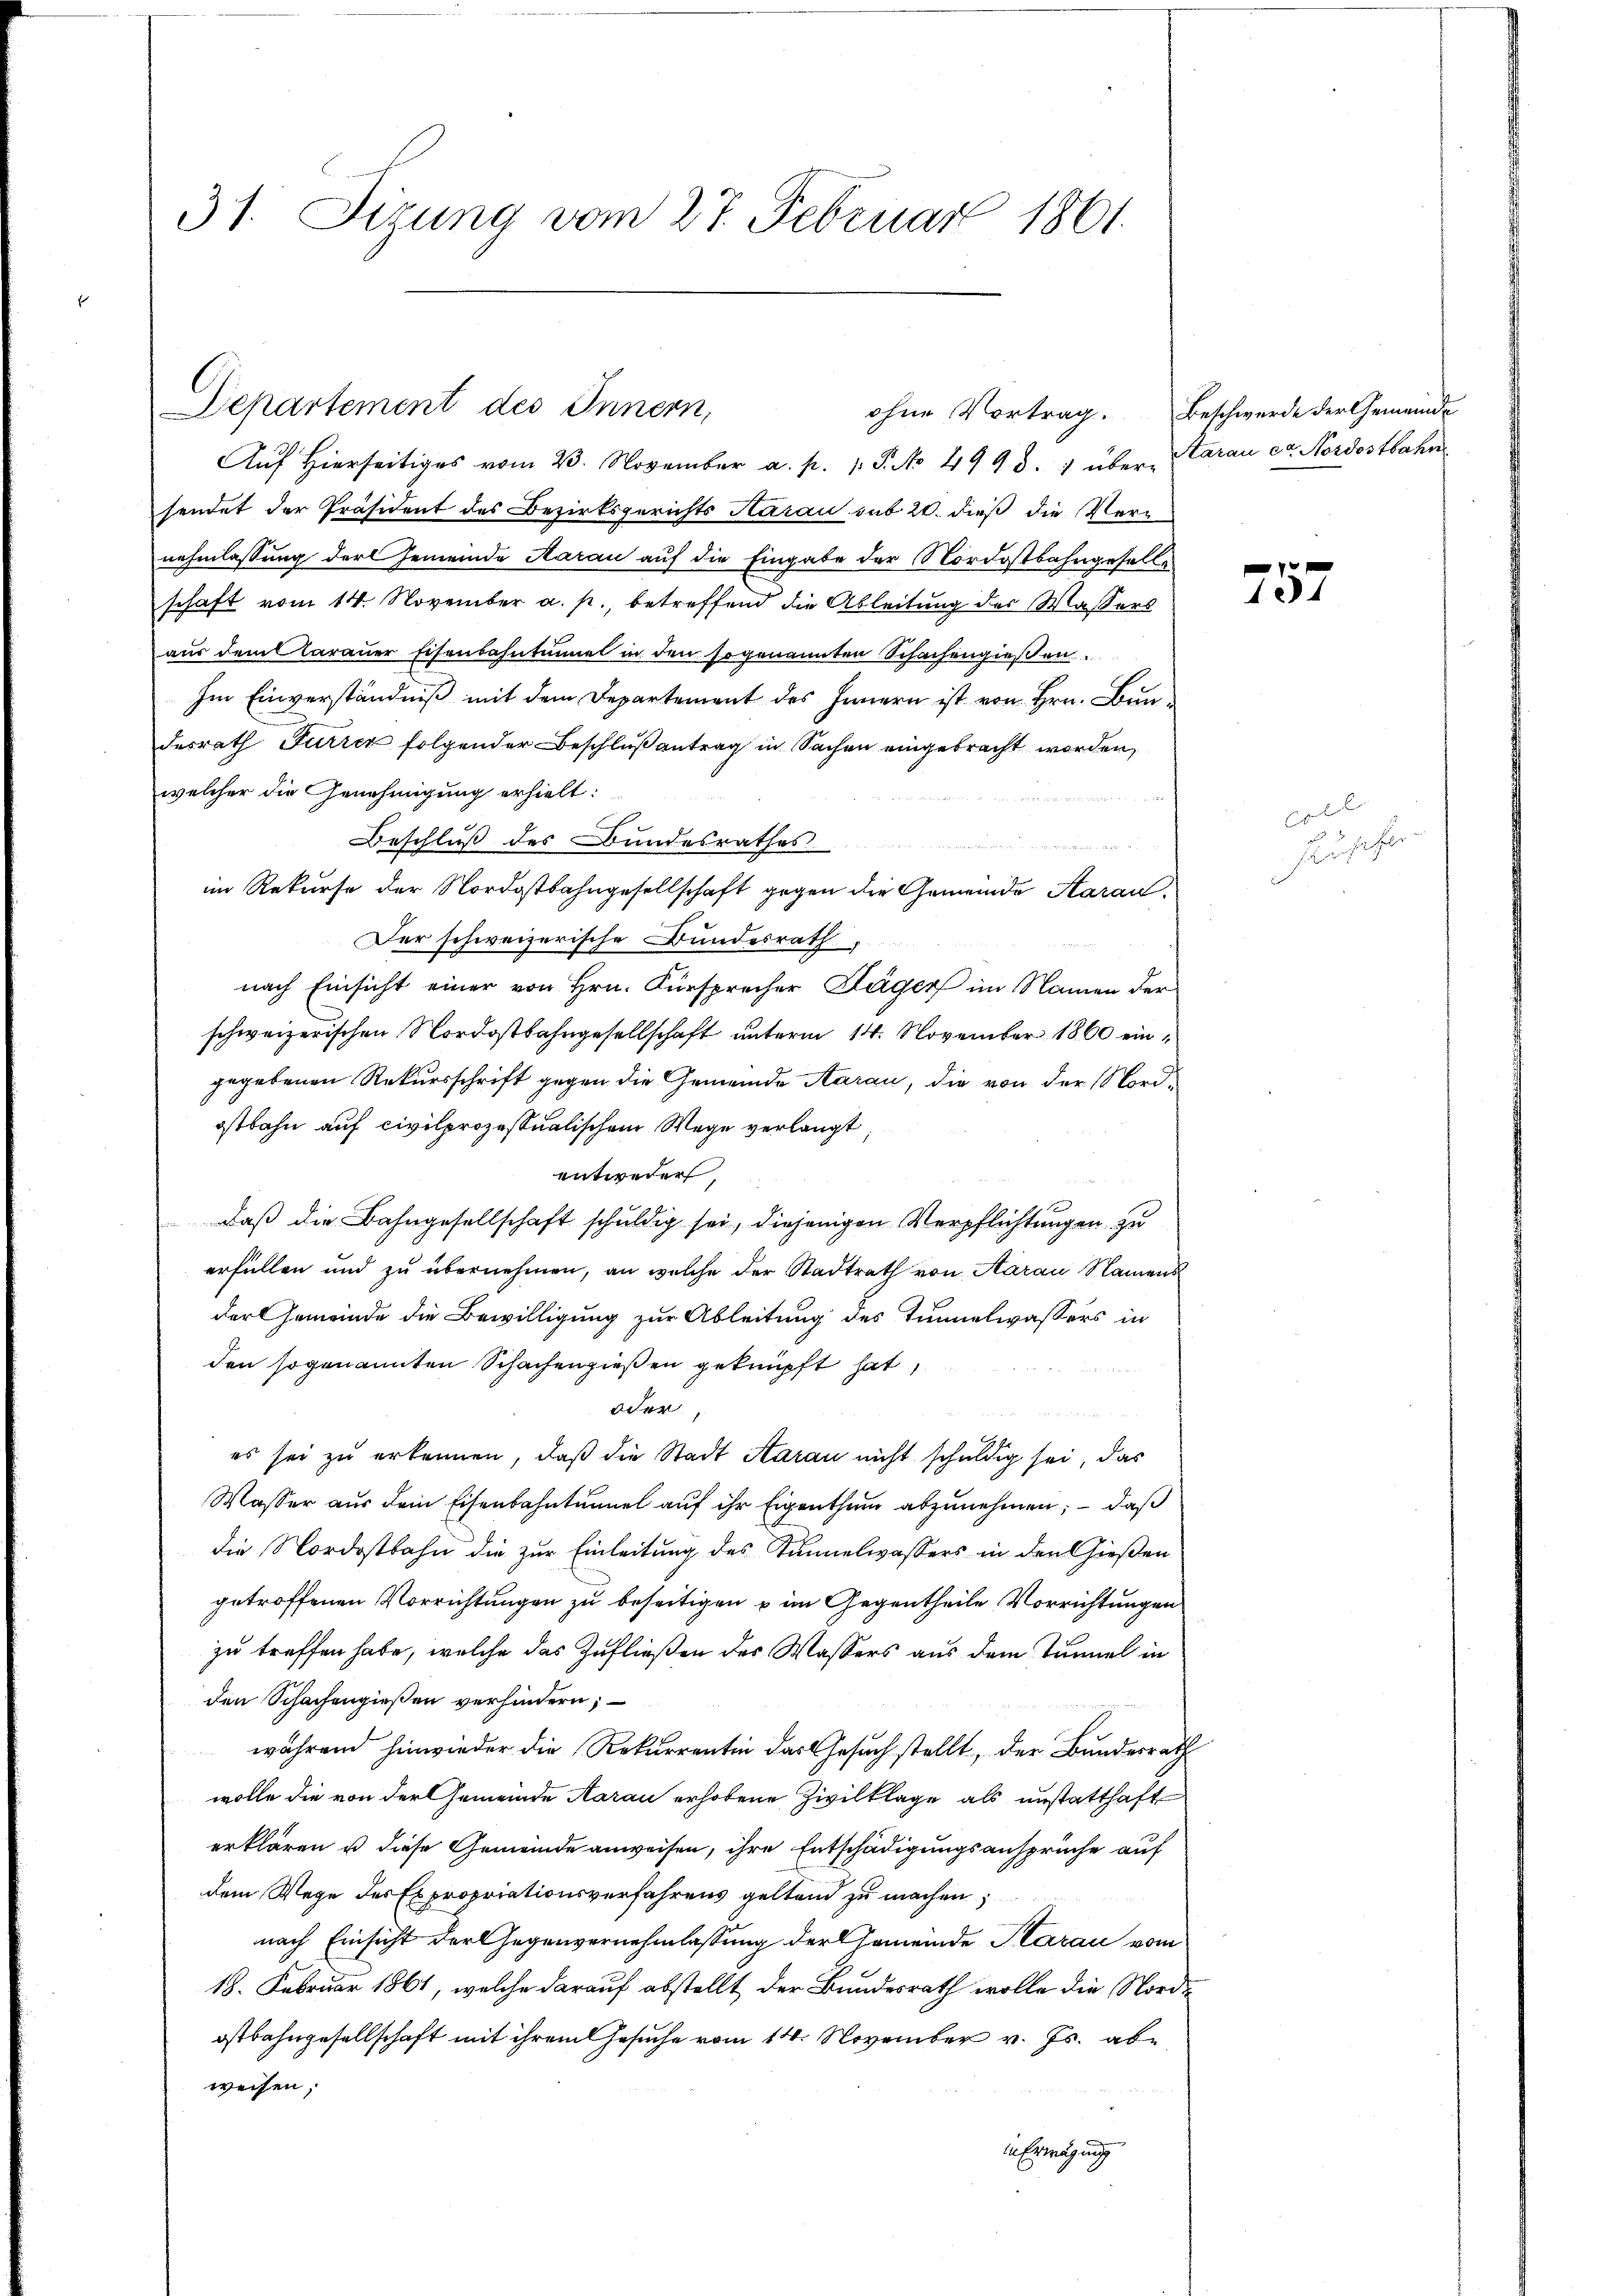
37. Sizung vom 27. Februar 1861.

Aŭf Hierseits vom 23. November a. p. 1. P. No 4993. 1 über Aarau er Nordostbahn
sendet der Präsident des Bezirksgerichts Aarau sub 20. dieß die Vernehmlassung der Gemeinde Aarau auf die Eingabe der Nordostbahngeselle
schaft vom 14. November a. p., betreffend die Ableitung des Wassers
aus dem Aarauer Eisenbahntinuel in den sogenannten Schachengießen.
Im Einverständniß mit dem Departement des Innern ist von Hrn. Bundesrath Furrer folgender Beschlußantrag in Sachen eingebracht worden,
welcher die Genehmigung erhielt:

Beschluß des Bundesrathes
u
im Rekurse der Nordostbahngesellschaft gegen die Gemeinde Aarau¬
Der schweizerische Bundesrath
nach Einsicht einer von Hrn. Fürsprecher Läger im Namen der
schweizerischen Nordostbahngesellschaft unterm 14. November 1860 eingegebenen Rekursschrift gegen die Gemeinde Aarau, die von der Nordostbahn auf civilprozessualischem Wege verlangt
entweder,
daß die Bahngesellschaft schuldig sei, diejenigen Verpflichtungen zu
erfüllen und zu übernehmen, an welche der Stadtrath von Aarau Namens
der Gemeinde die Bewilligung zur Ableitung des Tunnelwassers in
den sogenannten Schachengießen geknüpft hat
oder,
es sei zu erkennen, daß die Stadt Aarau nicht schuldig sei, das
Wasser aus dem Eisenbahntunnel auf ihr Eigenthum abzunehmen; – daß
die Nordostbahn die zur Einleitung des Kannelwassers in den Gießen
getroffenen Vorrichtungen zu beseitigen u im Gegentheile Vorrichtungen
zu treffen habe, welche das Zufließen des Wassers aus dem Tunnel in
den Schachengießen verhindern;
während hinwieder die Rekurrentin das Gesuch stellt, der Bundesrath
wolle die von der Gemeinde Aarau erhobene Zivilklage als unstatthaft
erklären u diese Gemeinde anweisen, ihre Entschädigungsansprüche auf
dem Wege des Expropriationsverfahrens geltend zu machen,
nach Einsicht der Gegenvernehmlassung der Gemeinde Starau vom
18. Februar 1861, welche darauf abstellt der Bundesrath wolle die Nordostbahngesellschaft mit ihrem Gesuche vom 14. November v. Js. abweisen;
in Erwägung

Departement des Innern,

ohne Vortrag. Beschwerde der Gemeinde

e
12

Er geben der
schafte